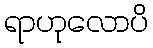
ရာဟုလောပိ